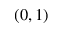
( 0 , 1 )